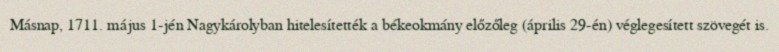
Másnap, 1711. május 1-jén Nagykárolyban hitelesítették a békeokmány előzőleg (április 29-én) véglegesített szövegét is.